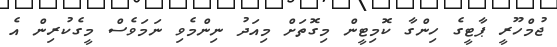
ޖުމްހޫރީ ޕާޓީގެ ހިންގާ ކޮމިޓީން މިގޮތަށް މިއަދު ނިންމެވި ނަމަވެސް މީގެކުރިން އެ